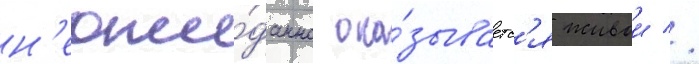
н'еожи́данно ока́зываетс'я живои //